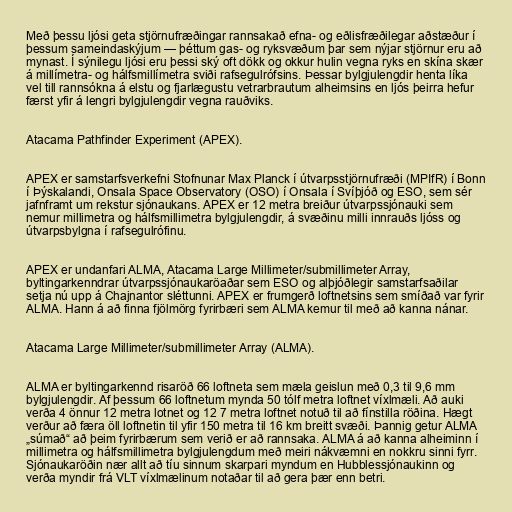
Með þessu ljósi geta stjörnufræðingar rannsakað efna- og eðlisfræðilegar aðstæður í
þessum sameindaskýjum — þéttum gas- og ryksvæðum þar sem nýjar stjörnur eru að
mynast. Í sýnilegu ljósi eru þessi ský oft dökk og okkur hulin vegna ryks en skína skær
á millímetra- og hálfsmillímetra sviði rafsegulrófsins. Þessar bylgjulengdir henta líka
vel till rannsókna á elstu og fjarlægustu vetrarbrautum alheimsins en ljós þeirra hefur
færst yfir á lengri bylgjulengdir vegna rauðviks.

Atacama Pathfinder Experiment (APEX).

APEX er samstarfsverkefni Stofnunar Max Planck í útvarpsstjörnufræði (MPIfR) í Bonn
í Þýskalandi, Onsala Space Observatory (OSO) í Onsala í Svíþjóð og ESO, sem sér
jafnframt um rekstur sjónaukans. APEX er 12 metra breiður útvarpssjónauki sem
nemur millimetra og hálfsmillimetra bylgjulengdir, á svæðinu milli innrauðs ljóss og
útvarpsbylgna í rafsegulrófinu.

APEX er undanfari ALMA, Atacama Large Millimeter/submillimeter Array,
byltingarkenndrar útvarpssjónaukaröaðar sem ESO og alþjóðlegir samstarfsaðilar
setja nú upp á Chajnantor sléttunni. APEX er frumgerð loftnetsins sem smíðað var fyrir
ALMA. Hann á að finna fjölmörg fyrirbæri sem ALMA kemur til með að kanna nánar.

Atacama Large Millimeter/submillimeter Array (ALMA).

ALMA er byltingarkennd risaröð 66 loftneta sem mæla geislun með 0,3 til 9,6 mm
bylgjulengdir. Af þessum 66 loftnetum mynda 50 tólf metra loftnet víxlmæli. Að auki
verða 4 önnur 12 metra lotnet og 12 7 metra loftnet notuð til að fínstilla röðina. Hægt
verður að færa öll loftnetin til yfir 150 metra til 16 km breitt svæði. Þannig getur ALMA
„súmað“ að þeim fyrirbærum sem verið er að rannsaka. ALMA á að kanna alheiminn í
millimetra og hálfsmillimetra bylgjulengdum með meiri nákvæmni en nokkru sinni fyrr.
Sjónaukaröðin nær allt að tíu sinnum skarpari myndum en Hubblessjónaukinn og
verða myndir frá VLT víxlmælinum notaðar til að gera þær enn betri.